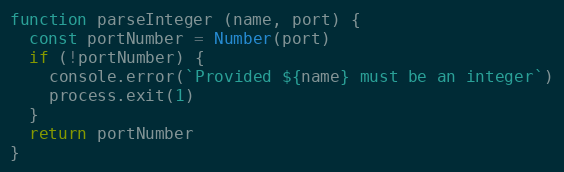
Language: JavaScript
function parseInteger (name, port) {
  const portNumber = Number(port)
  if (!portNumber) {
    console.error(`Provided ${name} must be an integer`)
    process.exit(1)
  }
  return portNumber
}